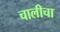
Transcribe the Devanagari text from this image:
चालीचा